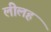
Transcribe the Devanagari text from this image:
लीलह